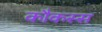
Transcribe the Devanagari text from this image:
कौकस्स